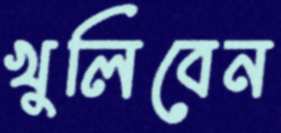
খুলিবেন